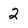
Character: 2